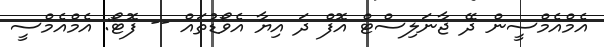
އެމްއެމްސީން ދޭ ޖާނަލިސްޓް އޮފް ދަ އިޔާ އެވޯޑުތައް -- ފޮޓޯ: އެމްއެމްސީ